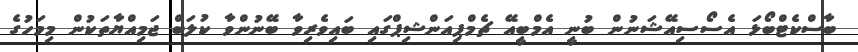
ބާސްކެޓްބޯޅަ އެސޯސިއޭޝަނުން ބުނީ އެމްބީއޭ ޗެމްޕިއަންޝިޕްގައި ބައިވެރިވާ ބޭނުންވާ ކުލަބް ޖަމިއްޔާތަކުން މިމަހުގެ